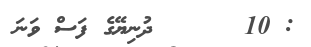
: 10      ދުނިޔޭގެ ފަސް ވަނަ